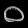
Digit: ၀